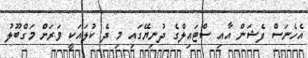
އެހެނަސް ފެޝަން އާއި ސްޓައިލްގެ ދުނިޔޭގައި މި ދެ ކުލައަކީ ވަރަށް މަގްބޫލު